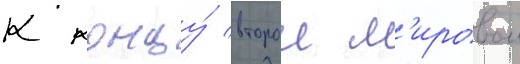
К концу́ второи м'ировои